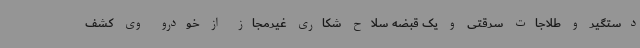
دستگیر و طلاجات سرقتی و یک قبضه سلاح شکاری غیرمجاز از خودرو وی کشف